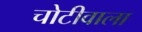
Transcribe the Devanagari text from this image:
चोटीवाला